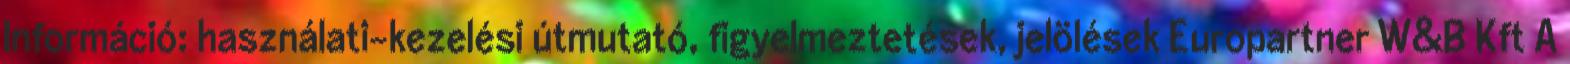
Információ: használati-kezelési útmutató, figyelmeztetések, jelölések Europartner W&B Kft A